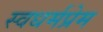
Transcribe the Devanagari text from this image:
स्वधर्मप्रेम